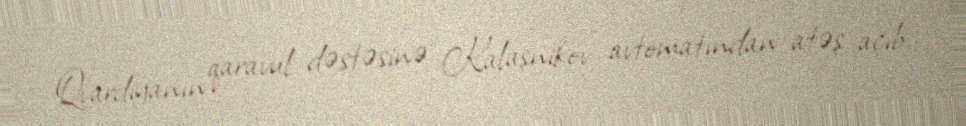
Qvardiyanın qaravul dəstəsinə “Kalaşnikov” avtomatından atəş açıb.